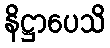
နိဋ္ဌာပေသိ